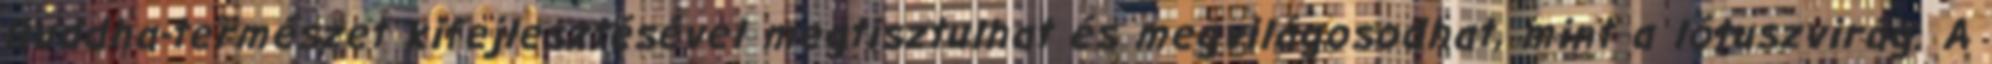
Buddha-természet kifejlesztésével megtisztulhat és megvilágosodhat, mint a lótuszvirág. A